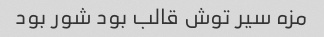
مزه سیر توش قالب بود شور بود